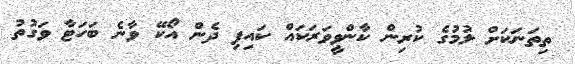
ތިތަނަކަށް ލުމުގެ ކުރިން ކާންވީވަރަކައް ކައިފި ދެން އޯކޭ ވާނެ ބަހަޓާ ވަގުތު